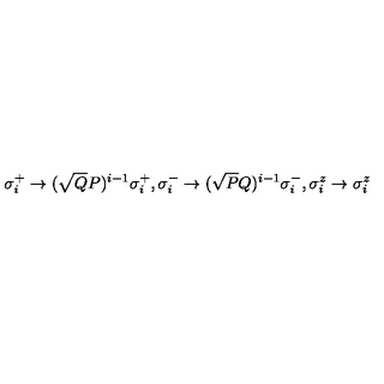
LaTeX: \sigma _ { i } ^ { + } \rightarrow ( \sqrt { Q } { P } ) ^ { i - 1 } \sigma _ { i } ^ { + } , \sigma _ { i } ^ { - } \rightarrow ( \sqrt { P } { Q } ) ^ { i - 1 } \sigma _ { i } ^ { - } , \sigma _ { i } ^ { z } \rightarrow \sigma _ { i } ^ { z }